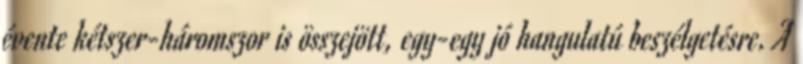
évente kétszer-háromszor is összejött, egy-egy jó hangulatú beszélgetésre. A